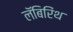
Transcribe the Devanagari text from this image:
लॅबिरिंथ